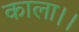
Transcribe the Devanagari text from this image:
काला।।